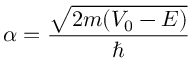
\alpha = { \frac { \sqrt { 2 m ( V _ { 0 } - E ) } } { \hbar } }